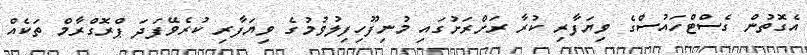
އެގޮތުން ގެސްޓްހައުސްގެ ވިޔަފާރި ކުރާ ރަށްރަށުގައި މުނިފޫހިފިލުވުމުގެ ވިޔަފާރި ކުރެވޭފަދަ ޕްރޮގްރާމް ތަކެއް